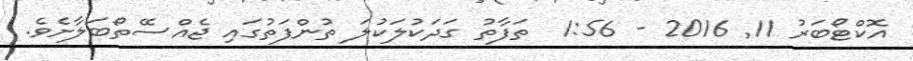
އޮކްޓޯބަރު 11